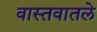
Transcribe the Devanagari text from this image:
वास्तवातले